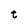
Character: t